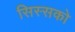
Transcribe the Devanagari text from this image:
सिस्सको